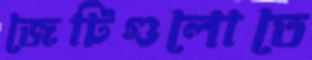
জেটিগুলোতে